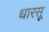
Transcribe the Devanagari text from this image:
धारसू